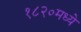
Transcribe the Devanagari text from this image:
१८२०मध्ये